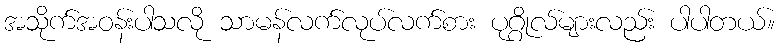
အသိုက်အဝန်းပါသလို သာမန်လက်လုပ်လက်စား ပုဂ္ဂိုလ်များလည်း ပါပါတယ်။